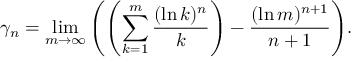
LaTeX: \gamma _ { n } = \operatorname* { l i m } _ { m \rightarrow \infty } { \left( \left( \sum _ { k = 1 } ^ { m } { \frac { ( \ln k ) ^ { n } } { k } } \right) - { \frac { ( \ln m ) ^ { n + 1 } } { n + 1 } } \right) } .